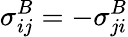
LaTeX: {\sigma}_{ij}^{B}=-{\sigma}_{ji}^{B}